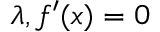
\lambda , f ^ { \prime } ( x ) = 0